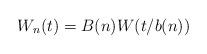
LaTeX: \begin{align*}W_n(t) = B(n) W(t/b(n))\end{align*}